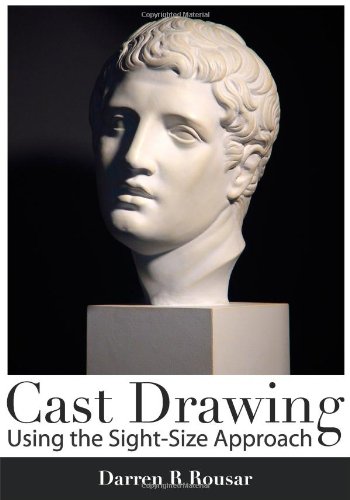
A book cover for Cast Drawing Using the Sight-Size Approach; Darren R. Rousar; Arts & Photography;